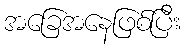
အခြေအနေဖြစ်ပြီး